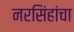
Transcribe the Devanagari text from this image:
नरसिंहांचा